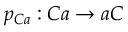
p _ { C a } : C a \rightarrow a C